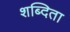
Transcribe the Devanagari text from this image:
शब्दिता